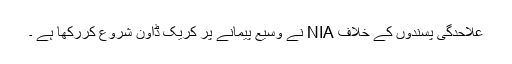
علاحدگی پسندوں کے خلاف NIA نے وسیع پیمانے پر کریک ڈاون شروع کررکھا ہے ۔